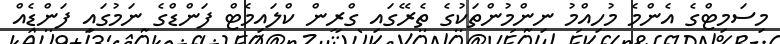
މިސަމިޓްގެ އެންމެ މުހިއްމު ނިންމުންތަކުގެ ތެރޭގައި ގްރީން ކްލައިމެޓް ފަންޑްގެ ނަމުގައި ފަންޑެއް